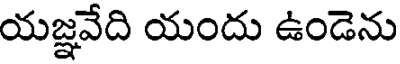
యజ్ఞవేది యందు ఉండెను